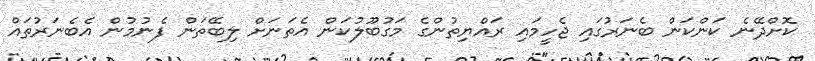
ކޮށްދޭނެ ކަންކަން ބެނަރުގައި ޖެހީމައި ރައްޔިތުންގެ މަގުބޫލުކަން އެތަނަށް ލިބޭތަން ފެނުމުން އެބެނަރުތައް